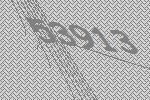
53913